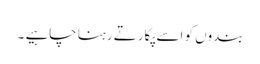
بندوں کو اسے پکارتے رہنا چاہیے ۔